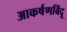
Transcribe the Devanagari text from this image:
आकर्षणबिंदू